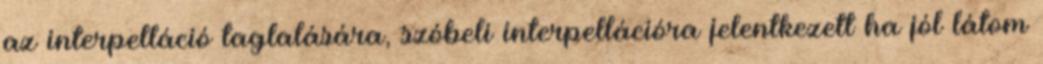
az interpelláció taglalására, szóbeli interpellációra jelentkezett ha jól látom